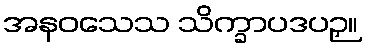
အနဝသေသ သိက္ခာပဒပဉှ။